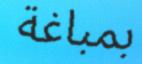
بمباغة